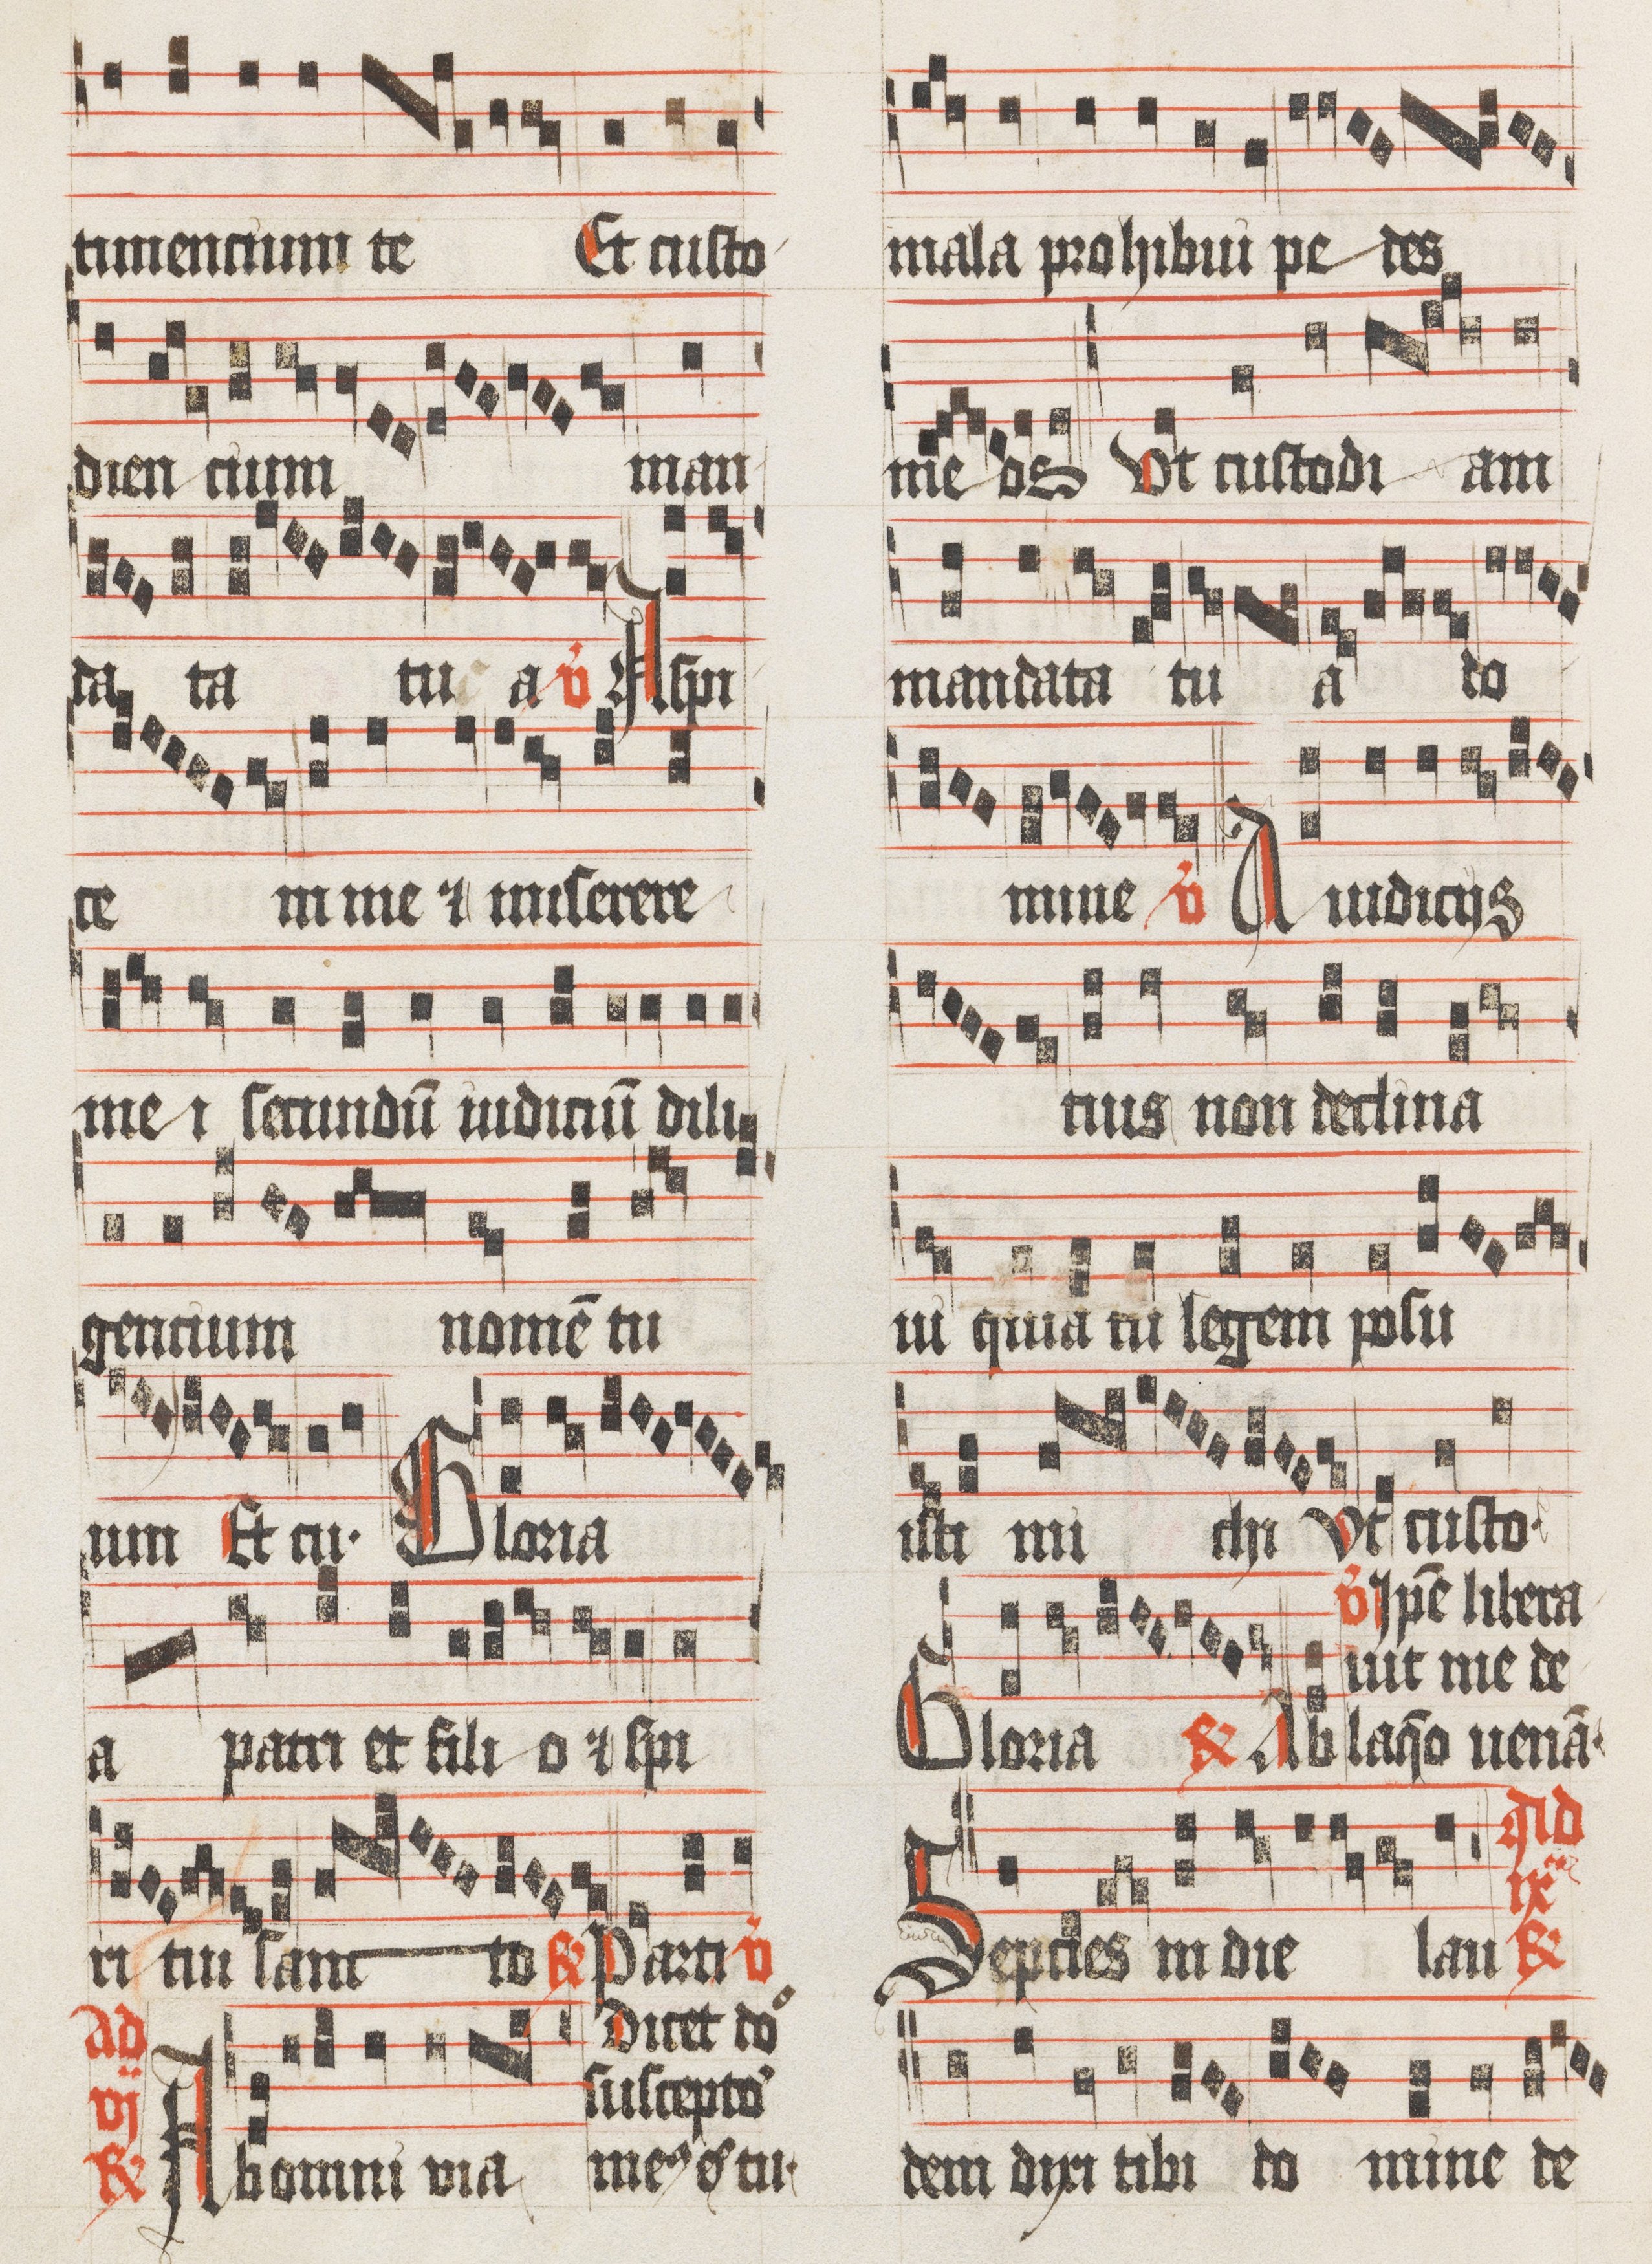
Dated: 1485–1515